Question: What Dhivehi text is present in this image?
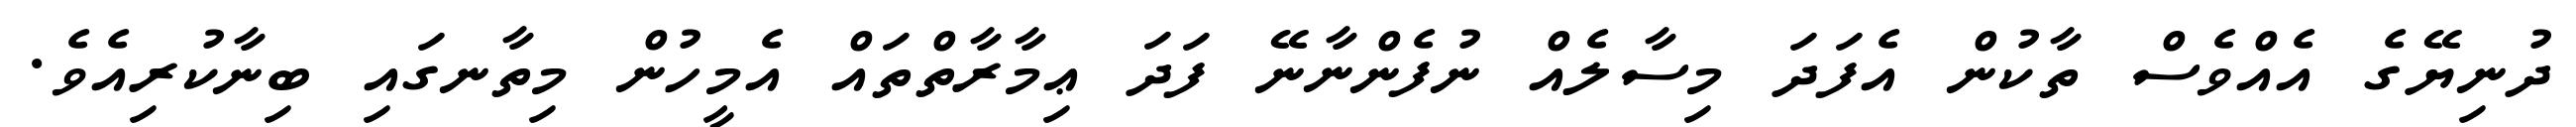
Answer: ދުނިޔޭގެ އެއްވެސް ތާކުން އެފަދަ މިސާލެއް ނުފެންނާނޭ ފަދަ ޢިމާރާތްތައް އެމީހުން މިތާނގައި ބިނާކުރިއެވެ.